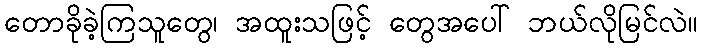
တောခိုခဲ့ကြသူတွေ၊ အထူးသဖြင့် တွေအပေါ် ဘယ်လိုမြင်လဲ။